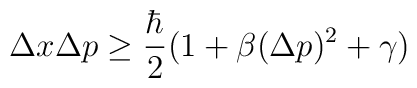
\Delta x \Delta p \ge \frac{\hbar}{2} (1 + \beta (\Delta p)^2 + \gamma)